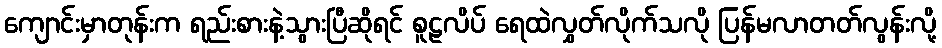
ကျောင်းမှာတုန်းက ရည်းစားနဲ့သွားပြီဆိုရင် စူဠလိပ် ရေထဲလွှတ်လိုက်သလို ပြန်မလာတတ်လွန်းလို့